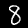
Label: 8